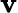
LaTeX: \mathrm{\mathbf v}